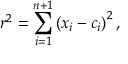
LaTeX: r ^ { 2 } = \sum _ { i = 1 } ^ { n + 1 } \left( x _ { i } - c _ { i } \right) ^ { 2 } ,